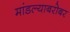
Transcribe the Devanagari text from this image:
मांडल्याबरोबर